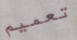
تعميم